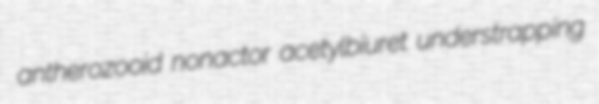
antherozooid nonactor acetylbiuret understrapping